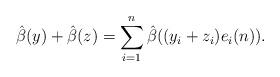
LaTeX: \begin{align*}\hat{\beta}(y)+\hat{\beta}(z)=\sum_{i=1}^{n}\hat{\beta}((y_{i}+z_{i})e_{i}(n)). \end{align*}